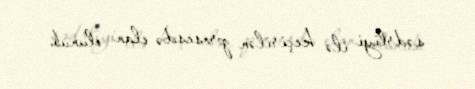
sədrliyi ilə keçirilən prosesdə elan olunub.